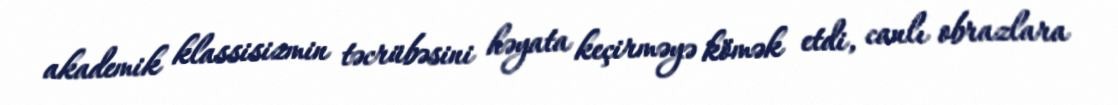
akademik klassisizmin təcrübəsini həyata keçirməyə kömək etdi, canlı obrazlara